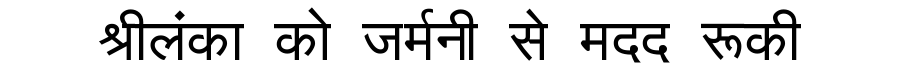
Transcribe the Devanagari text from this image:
श्रीलंका को जर्मनी से मदद रूकी